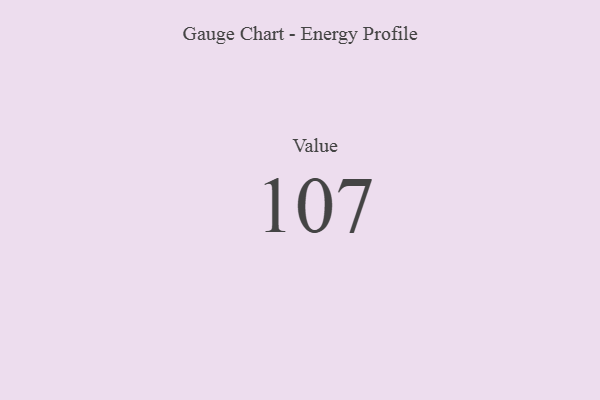
{"axis": {"x": "Metric", "y": "Value"}, "legend": [""], "data": [{"x": "Value", "y": 107, "type": ""}]}